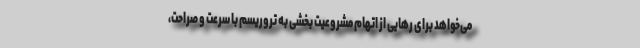
می‌خواهد برای رهایی از اتهام مشروعیت‌ بخشی به تروریسم با سرعت و صراحت،